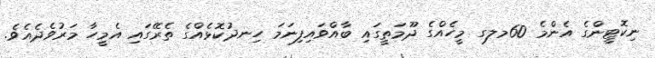
ނިކޮޓީންގެ އެންމެ 60މލގ މީހެއްގެ ދޫމަތީގައި ބާއްވައިފިނަމަ ހިނދުކޮޅެއްގެ ތެރޭގައި އެމީހާ މަރުވެދެއެވެ.